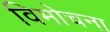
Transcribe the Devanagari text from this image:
विमोचना